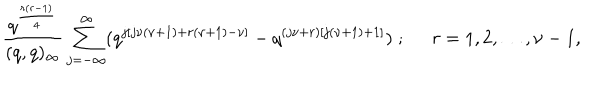
LaTeX: \frac { q ^ { \frac { r ( r - 1 ) } { 4 } } } { ( q , q ) _ { \infty } } \sum _ { j = - \infty } ^ { \infty } ( q ^ { j [ j \nu ( \nu + 1 ) + r ( \nu + 1 ) - \nu ] } - q ^ { ( j \nu + r ) [ j ( \nu + 1 ) + 1 ] } ) \; ; \; \; r = 1 , 2 , \ldots , \nu - 1 ,